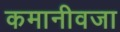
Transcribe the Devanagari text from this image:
कमानीवजा